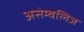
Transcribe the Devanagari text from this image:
असेम्बलिज